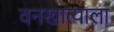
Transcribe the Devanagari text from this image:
वनखात्याला